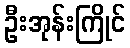
ဦးအုန်းကြိုင်